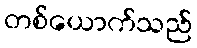
တစ်ယောက်သည်